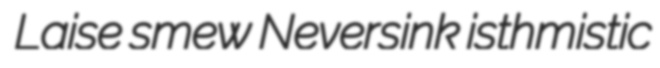
Laise smew Neversink isthmistic